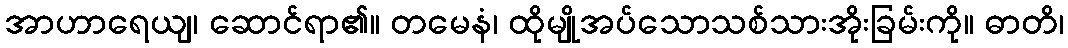
အာဟာရေယျ၊ ဆောင်ရာ၏။ တမေနံ၊ ထိုမျိုအပ်သောသစ်သားအိုးခြမ်းကို။ ဓာတိ၊